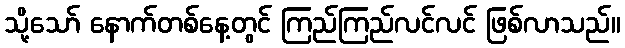
သို့သော် နောက်တစ်နေ့တွင် ကြည်ကြည်လင်လင် ဖြစ်လာသည်။